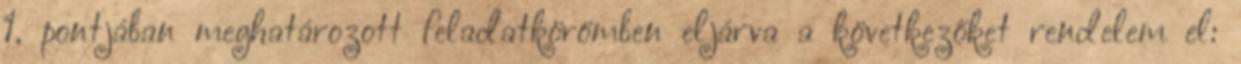
1. pontjában meghatározott feladatkörömben eljárva a következőket rendelem el: